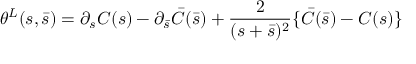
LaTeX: \theta ^ { L } ( s , \bar { s } ) = \partial _ { s } C ( s ) - \partial _ { \bar { s } } \bar { C } ( \bar { s } ) + \frac { 2 } { ( s + \bar { s } ) ^ { 2 } } \{ \bar { C } ( \bar { s } ) - C ( s ) \}